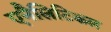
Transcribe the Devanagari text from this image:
एनैलिटिकल